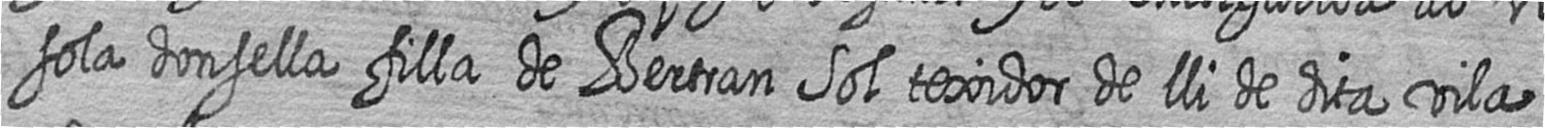
sola donsella filla de Bertran Sol texidor de lli de dita vila